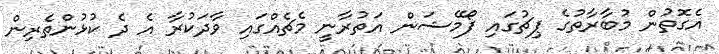
އެގޮތުން މުބާރާތުގެ ޕިޗުގައި ފޯމޭޝަން އަތުރާނީ މެޗެއްގައި ވާދަކުރާ އެ ދެ ކުޅުންތެރިން